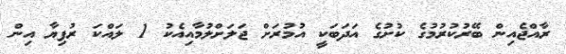
ރާއްޖެއިން ބޭރުކުރުމުގެ ކުށުގެ އަދަބަކީ އުމުރަށް ޖަލަށްލުމާއިއެކު 1 ލައްކަ ރުފިޔާ އިން